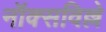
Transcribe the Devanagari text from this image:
नॉक्सविल्ले